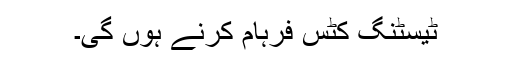
ٹیسٹنگ کٹس فرہام کرنے ہوں گی۔